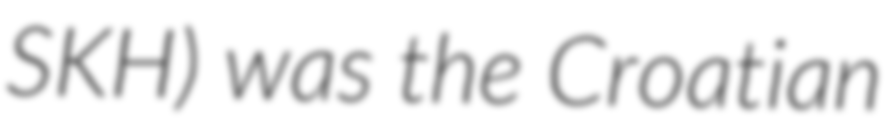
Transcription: SKH) was the Croatian